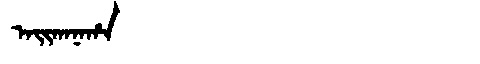
Manchu: ᠠᡳᡴᠠᠨᠠᡥᠠ
Romanization: AIKANAHA